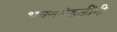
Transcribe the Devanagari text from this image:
भक्तमंडळींनी